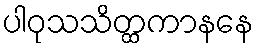
ပါဝုသသိတ္ထကာနနေ